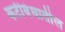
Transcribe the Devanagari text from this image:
कटीबंधातील